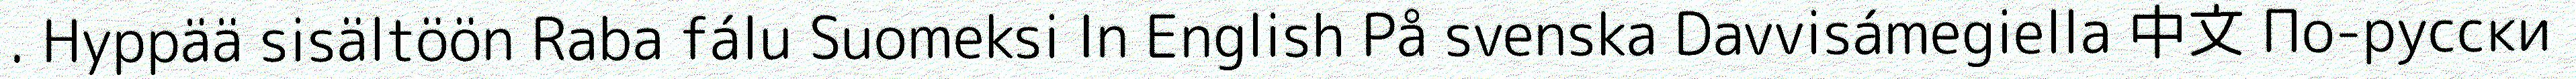
. Hyppää sisältöön Raba fálu Suomeksi In English På svenska Davvisámegiella 中文 По-русски